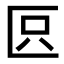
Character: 𠤴